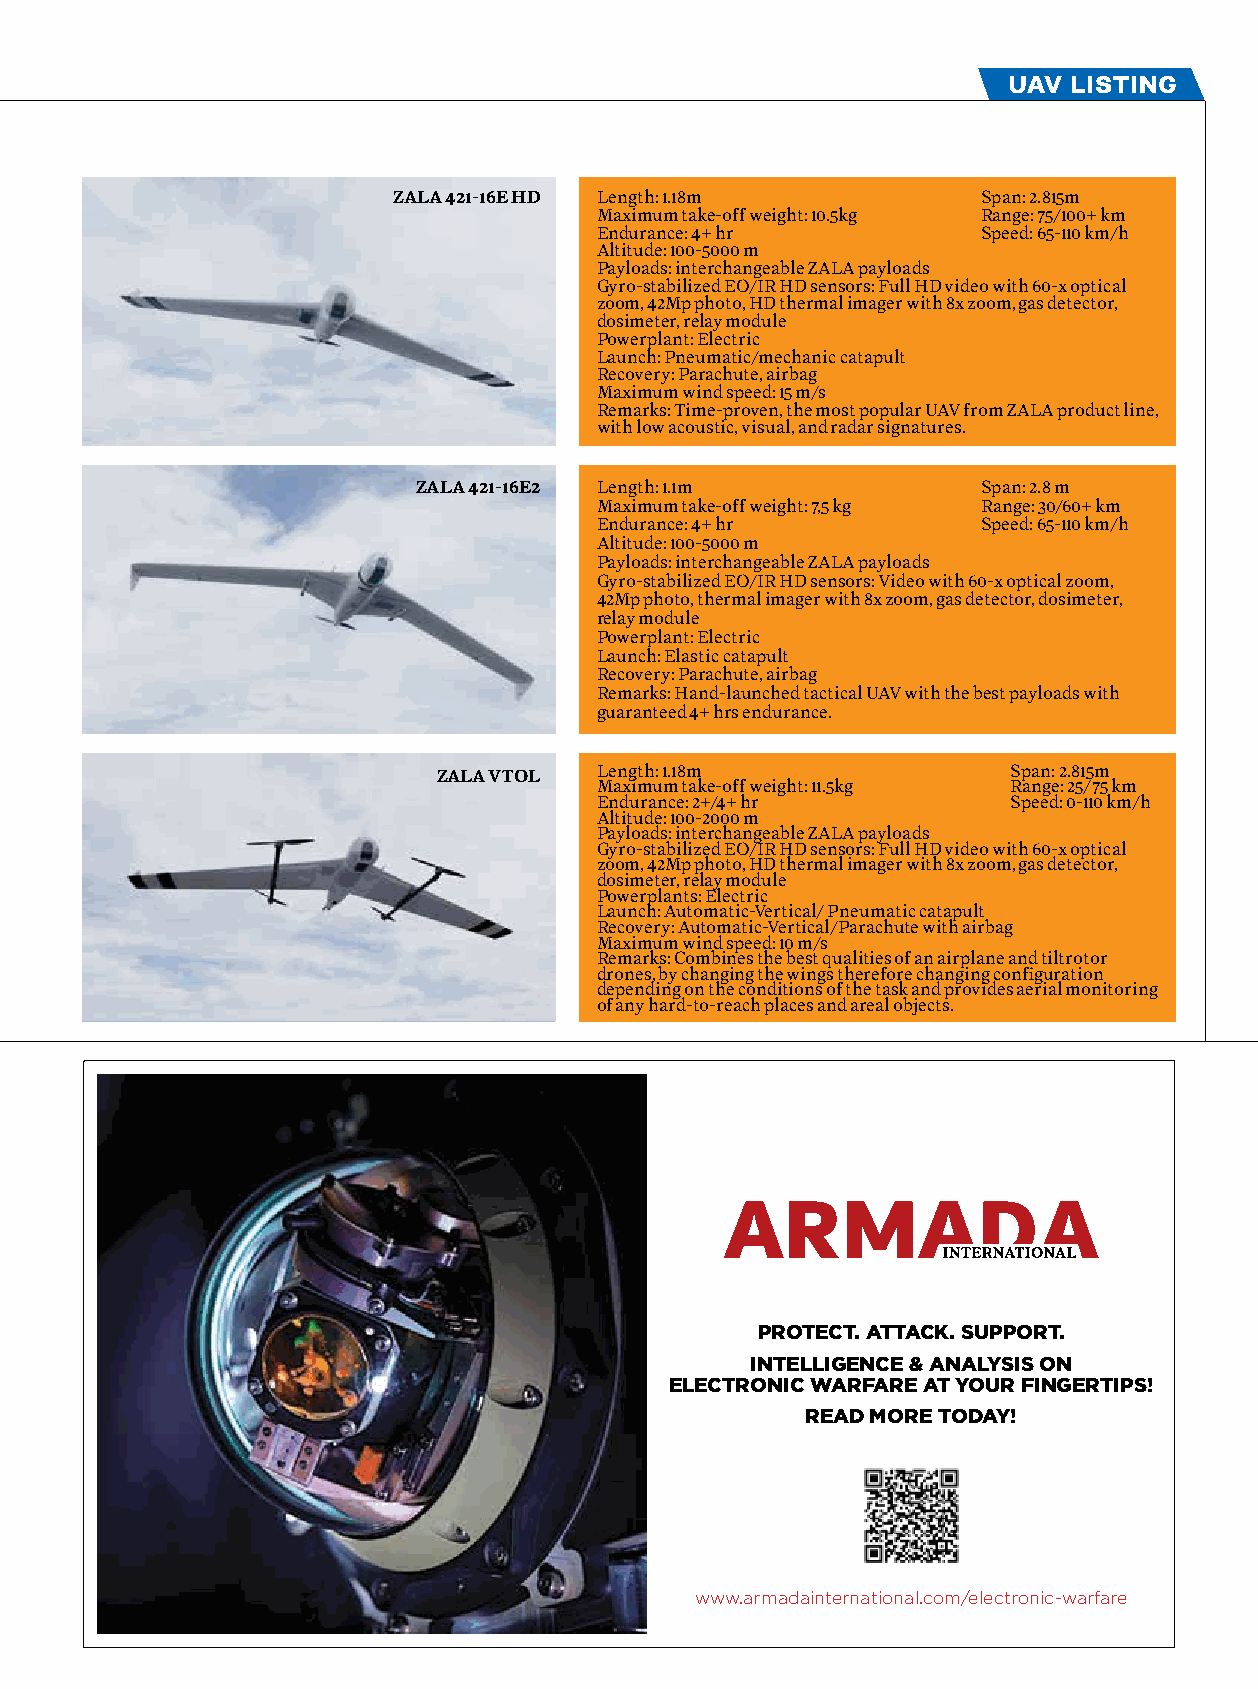
uav listing
 ZALA 421-16E HD Length: 1.18m          Span: 2.815m
 Maximum take-off weight: 10.5kg Range: 75/100+ km
 Endurance: 4+ hr         Speed: 65-110 km/h
 Altitude: 100-5000 m
 Payloads: interchangeable ZALA payloads
 Gyro-stabilized EO/IR HD sensors: Full HD video with 60-x optical
 zoom, 42Mp photo, HD thermal imager with 8x zoom, gas detector,
 dosimeter, relay module
 Powerplant: Electric
 Launch: Pneumatic/mechanic catapult
 Recovery: Parachute, airbag
 Maximum wind speed: 15 m/s
 Remarks: Time-proven, the most popular UAV from ZALA product line,
 with low acoustic, visual, and radar signatures.
 ZALA 421-16E2 Length: 1.1m           Span: 2.8 m
 Maximum take-off weight: 7,5 kg Range: 30/60+ km
 Endurance: 4+ hr         Speed: 65-110 km/h
 Altitude: 100-5000 m
 Payloads: interchangeable ZALA payloads
 Gyro-stabilized EO/IR HD sensors: Video with 60-x optical zoom,
 42Mp photo, thermal imager with 8x zoom, gas detector, dosimeter,
 relay module
 Powerplant: Electric
 Launch: Elastic catapult
 Recovery: Parachute, airbag
 Remarks: Hand-launched tactical UAV with the best payloads with
 guaranteed 4+ hrs endurance.
 Length: 1.18m              Span: 2.815m
 ZALA VTOL
 Maximum take-off weight: 11.5kg Range: 25/75 km
 Endurance: 2+/4+ hr        Speed: 0-110 km/h
 Altitude: 100-2000 m
 Payloads: interchangeable ZALA payloads
 Gyro-stabilized EO/IR HD sensors: Full HD video with 60-x optical
 zoom, 42Mp photo, HD thermal imager with 8x zoom, gas detector,
 dosimeter, relay module
 Powerplants: Electric
 Launch: Automatic-Vertical/ Pneumatic catapult
 Recovery: Automatic-Vertical/Parachute with airbag
 Maximum wind speed: 10 m/s
 Remarks: Combines the best qualities of an airplane and tiltrotor
 drones, by changing the wings therefore changing configuration
 depending on the conditions of the task and provides aerial monitoring
 of any hard-to-reach places and areal objects.
 Protect. AttAck. SuPPort.
 IntellIgence & AnAlySIS on
 electronIc WArfAre At your fIngertIPS!
 reAd more todAy!
 www.armadainternational.com/electronic-warfare